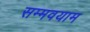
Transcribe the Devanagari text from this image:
सम्मवयाम